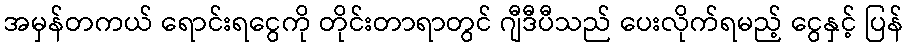
အမှန်တကယ် ရောင်းရငွေကို တိုင်းတာရာတွင် ဂျီဒီပီသည် ပေးလိုက်ရမည့် ငွေနှင့် ပြန်